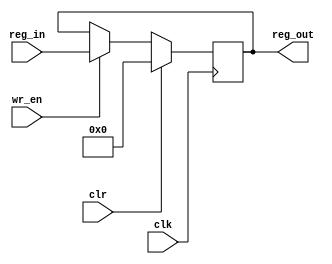
module register (input [31:0] reg_in, input clr, clk, wr_en, output wire[31:0] reg_out);
	
	reg [31:0] reg_temp;
	
	always @ (posedge clk) begin
		if (clr == 1'b1) begin
			reg_temp = 0;
			end
		else if (wr_en == 1'b1) begin
			reg_temp = reg_in;
		
		end
	end
	assign reg_out = reg_temp;
endmodule